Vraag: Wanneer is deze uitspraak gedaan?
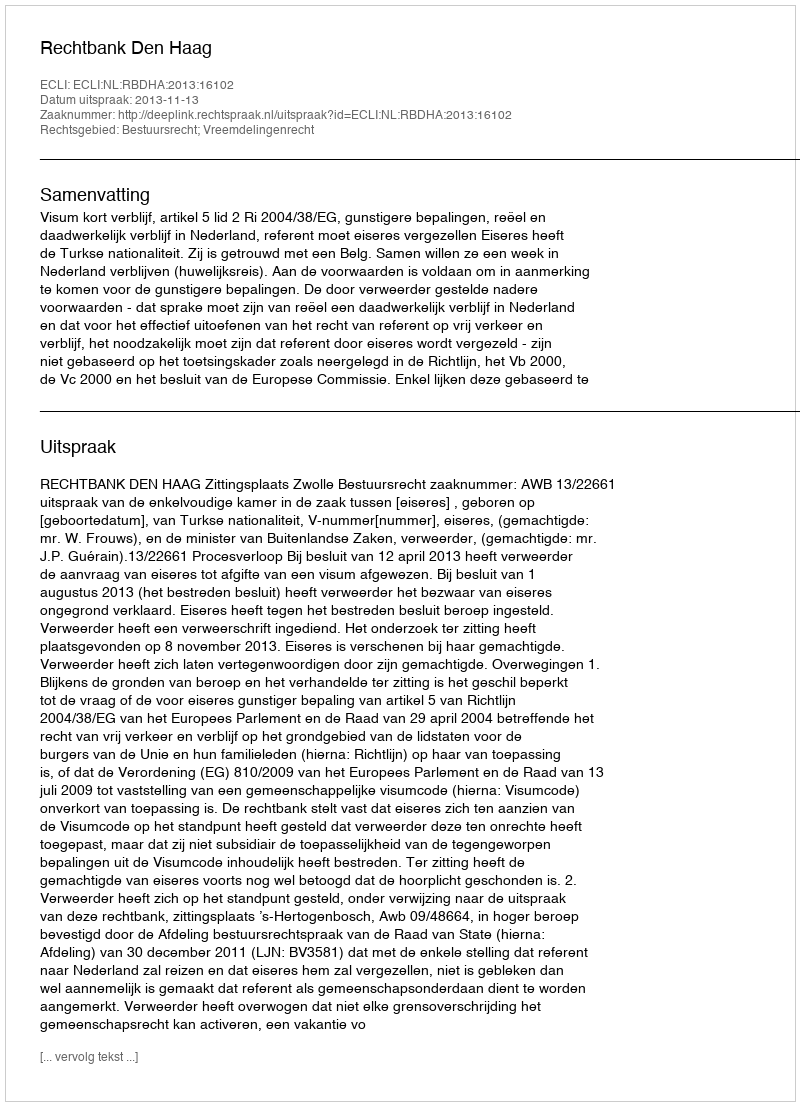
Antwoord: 2013-11-13